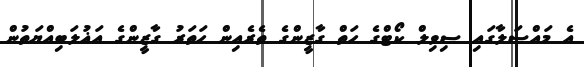
އެ މައްސަލާގައި ސިވިލް ކޯޓްގެ ހަތް ގާޒީންގެ ތެރެއިން ހަތަރު ގާޒީންގެ އަޣުލަބިއްޔަތުން